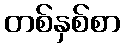
တစ်နှစ်စာ